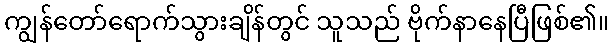
ကျွန်တော်ရောက်သွားချိန်တွင် သူသည် ဗိုက်နာနေပြီဖြစ်၏။